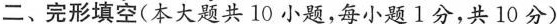
二、完形填空(本大题共 10小题,每小题1分,共 10 分 ）